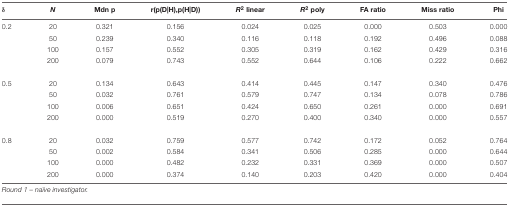
| δ | N | Mdn p | r(p(D|H),p(H|D)) | R2 linear | R2 poly | FA ratio | Miss ratio | Phi |
 | --- | --- | --- | --- | --- | --- | --- | --- | --- |
 | 0.2 | 20 | 0.321 | 0.156 | 0.024 | 0.025 | 0.000 | 0.503 | 0.000 |
 |  | 50 | 0.239 | 0.340 | 0.116 | 0.118 | 0.192 | 0.496 | 0.088 |
 |  | 100 | 0.157 | 0.552 | 0.305 | 0.319 | 0.162 | 0.429 | 0.316 |
 |  | 200 | 0.079 | 0.743 | 0.552 | 0.644 | 0.106 | 0.222 | 0.662 |
 | 0.5 | 20 | 0.134 | 0.643 | 0.414 | 0.445 | 0.147 | 0.340 | 0.476 |
 |  | 50 | 0.032 | 0.761 | 0.579 | 0.747 | 0.134 | 0.078 | 0.786 |
 |  | 100 | 0.006 | 0.651 | 0.424 | 0.650 | 0.261 | 0.000 | 0.691 |
 |  | 200 | 0.000 | 0.519 | 0.270 | 0.400 | 0.340 | 0.000 | 0.557 |
 | 0.8 | 20 | 0.032 | 0.759 | 0.577 | 0.742 | 0.172 | 0.052 | 0.764 |
 |  | 50 | 0.002 | 0.584 | 0.341 | 0.506 | 0.285 | 0.000 | 0.644 |
 |  | 100 | 0.000 | 0.482 | 0.232 | 0.331 | 0.369 | 0.000 | 0.507 |
 |  | 200 | 0.000 | 0.374 | 0.140 | 0.203 | 0.420 | 0.000 | 0.404 |